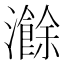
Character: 𬉣